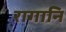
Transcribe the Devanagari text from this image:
रागानि